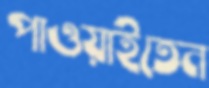
পাওয়াইতেন